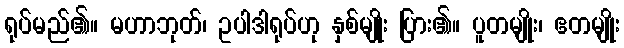
ရုပ်မည်၏။ မဟာဘုတ်၊ ဥပါဒါရုပ်ဟု နှစ်မျိုး ပြား၏။ ပူတမျိုး၊ ဧတမျိုး